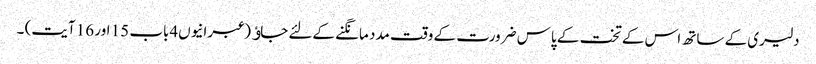
دلیری کے ساتھ اس کے تخت کے پاس ضرورت کے وقت مدد مانگنے کےلئے جاﺅ (عبرانیوں4باب 15 اور 16 آیت) ۔